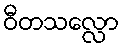
ဝီတသလ္လော